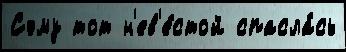
Сэму тот н'ев'е́стой спасла́сь